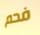
فحم